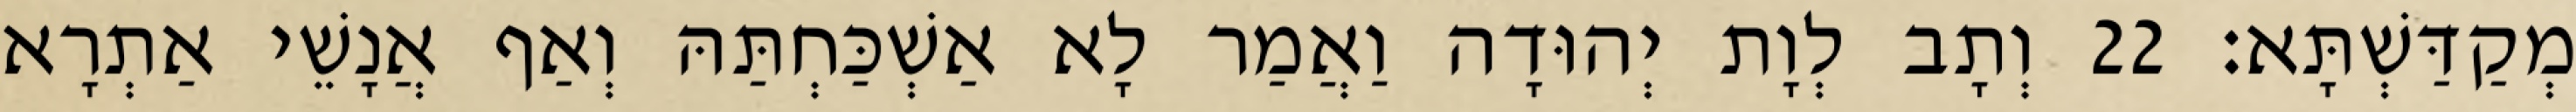
מְקַדַּשְׁתָּא׃ 22 וְתָב לְוָת יְהוּדָה וַאֲמַר לָא אַשְׁכַּחְתַּהּ וְאַף אֲנָשֵׁי אַתְרָא